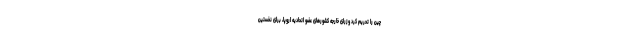
چین را تحریم کرد وزرای خارجه کشورهای عضو اتحادیه اروپا، برای نخستین